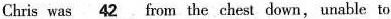
Chris was \underline{42} fom the chest down, nable to